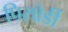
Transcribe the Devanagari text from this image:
पिसोर्डी